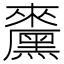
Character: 𪒁